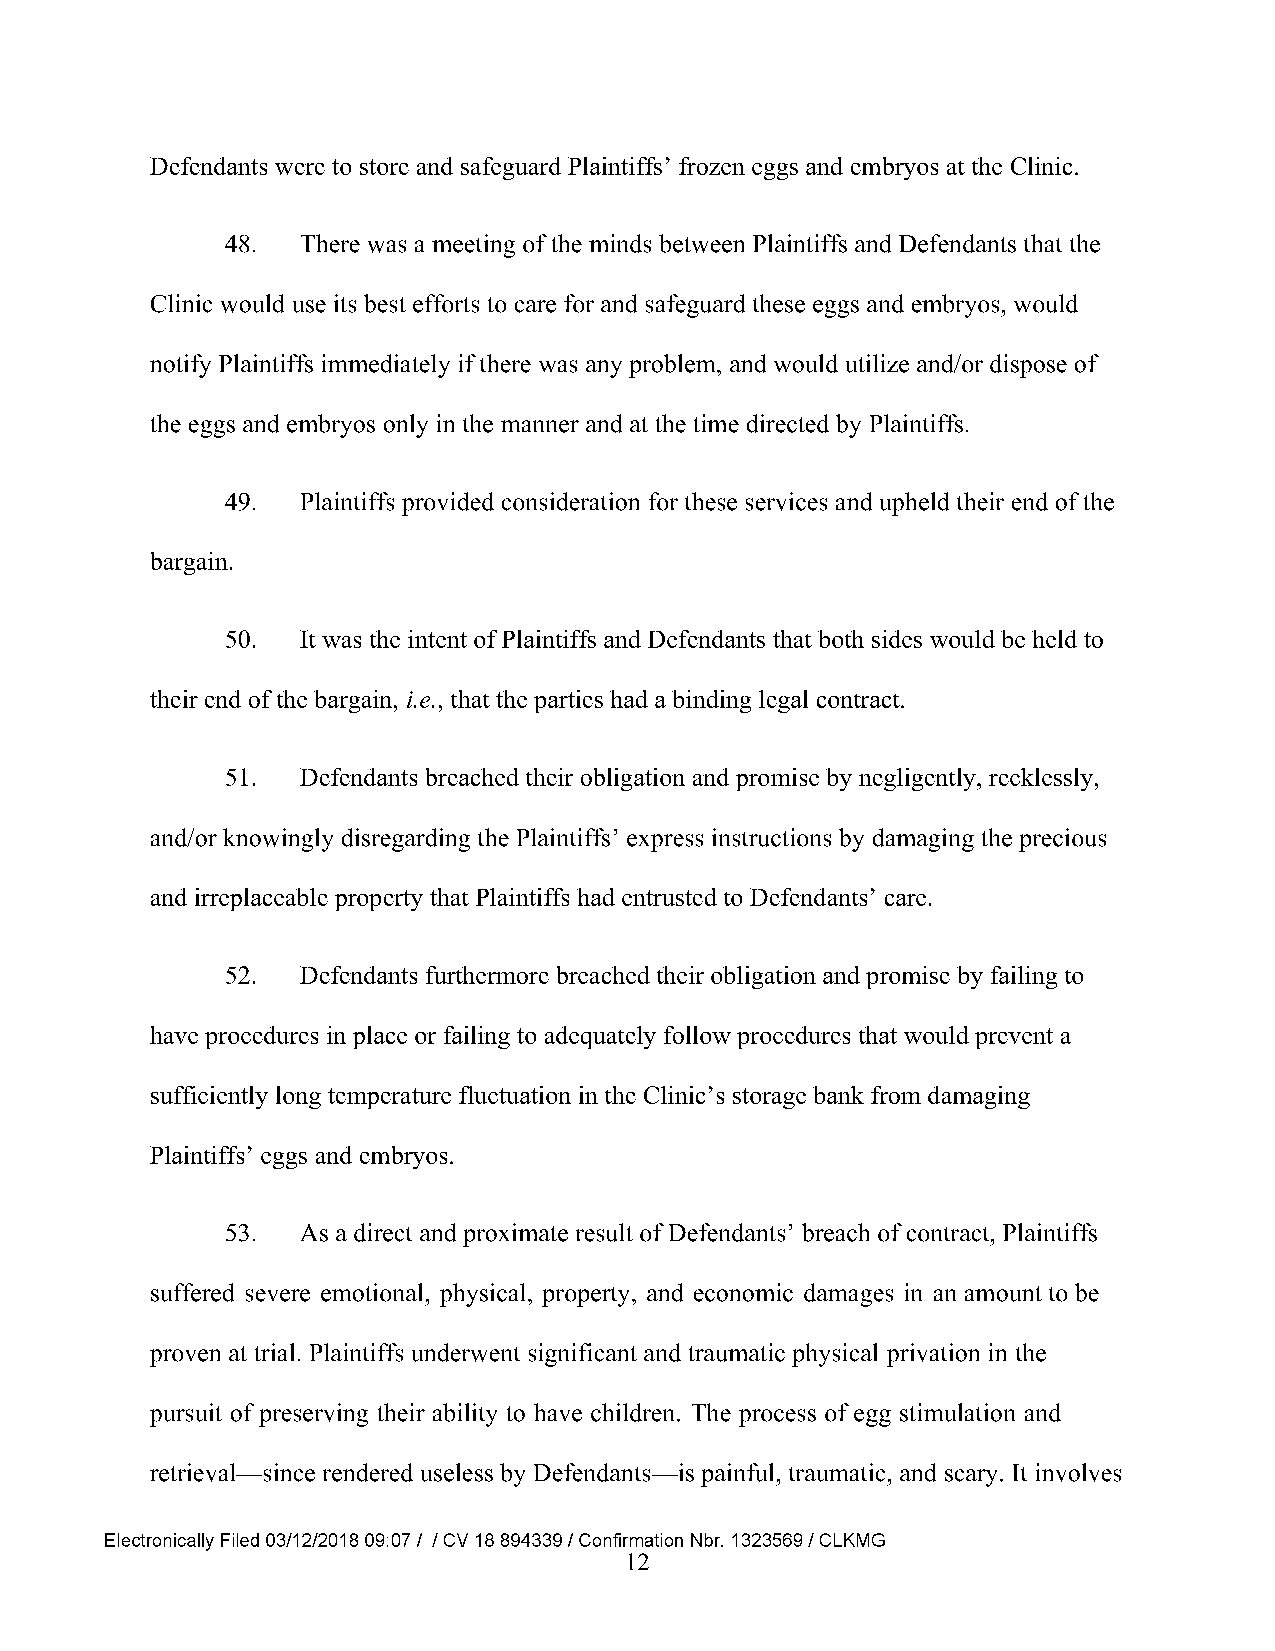
Defendants were to store and safeguard Plaintiffs’ frozen eggs and embryos at the Clinic.
 48.  There was a meeting of the minds between Plaintiffs and Defendants that the
 Clinic would use its best efforts to care for and safeguard these eggs and embryos, would
 notify Plaintiffs immediately if there was any problem, and would utilize and/or dispose of
 the eggs and embryos only in the manner and at the time directed by Plaintiffs.
 49.  Plaintiffs provided consideration for these services and upheld their end of the
 bargain.
 50.  It was the intent of Plaintiffs and Defendants that both sides would be held to
 their end of the bargain, i.e., that the parties had a binding legal contract.
 51.  Defendants breached their obligation and promise by negligently, recklessly,
 and/or knowingly disregarding the Plaintiffs’ express instructions by damaging the precious
 and irreplaceable property that Plaintiffs had entrusted to Defendants’ care.
 52.  Defendants furthermore breached their obligation and promise by failing to
 have procedures in place or failing to adequately follow procedures that would prevent a
 sufficiently long temperature fluctuation in the Clinic’s storage bank from damaging
 Plaintiffs’ eggs and embryos.
 53.  As a direct and proximate result of Defendants’ breach of contract, Plaintiffs
 suffered severe emotional, physical, property, and economic damages in an amount to be
 proven at trial. Plaintiffs underwent significant and traumatic physical privation in the
 pursuit of preserving their ability to have children. The process of egg stimulation and
 retrieval—since rendered useless by Defendants—is painful, traumatic, and scary. It involves
 Electronically Filed 03/12/2018 09:07 / / CV 18 894339 / Confirmation Nbr. 1323569 / CLKMG
 12